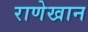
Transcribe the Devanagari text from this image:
राणेखान